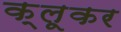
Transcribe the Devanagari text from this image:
क्लूकर